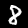
Digit: 8